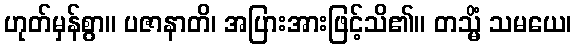
ဟုတ်မှန်စွာ။ ပဇာနာတိ၊ အပြားအားဖြင့်သိ၏။ တသ္မိံ သမယေ၊